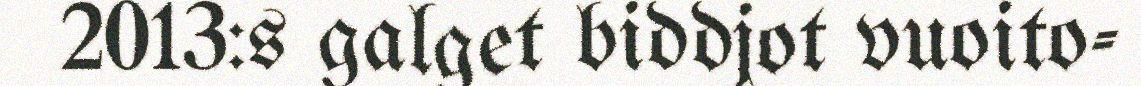
2013:s galget biddjot vuoito-